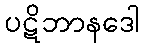
ပဋိဘာနဒေါ